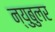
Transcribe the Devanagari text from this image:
न्‍युबुलर